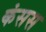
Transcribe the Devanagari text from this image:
कंसस